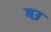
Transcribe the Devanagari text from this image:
गउ